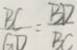
\frac { B C } { G D } = \frac { B D } { B C }